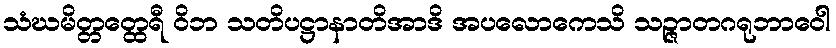
သံဃမိတ္တတ္ထေရီ ဝိဘ သတိပဋ္ဌာနာတိအာဒိ အပလောကေသိ သဉ္ဇာတဂရုဘာဝေါ